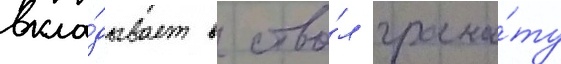
вкла́дывает в ство́л грана́ту